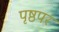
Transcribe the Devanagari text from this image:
पृष्ठपर